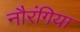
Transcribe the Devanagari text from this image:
नौरंगिया